Leaving Certificate Examination (including Day School Certificate (Higher) General paper), 1937
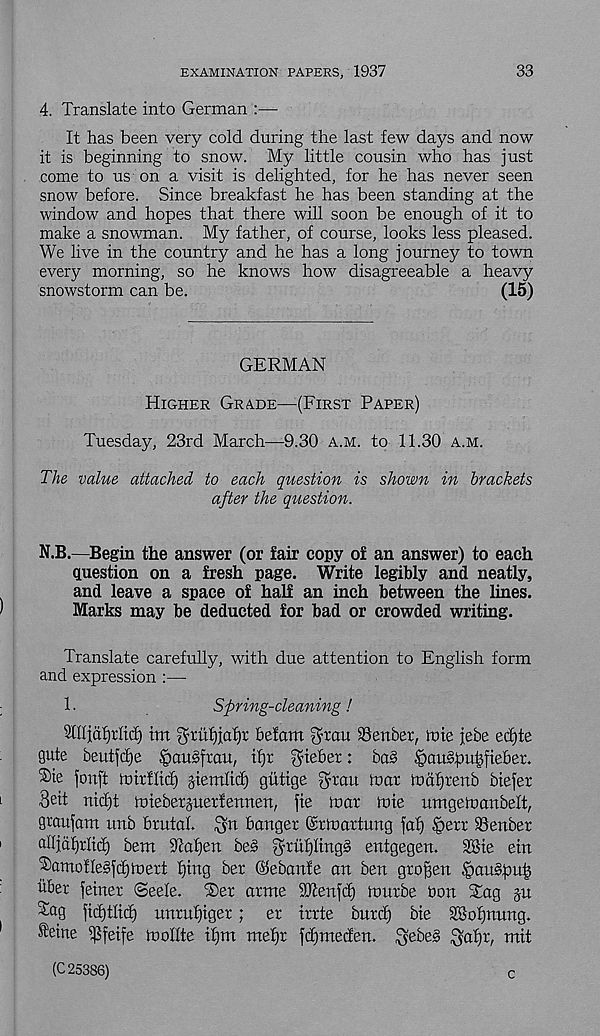
EXAMINATION PAPERS, 1937
33
4. Translate into German :—
It has been very cold during the last few days and now
it is beginning to snow. My little cousin who has just
come to us on a visit is delighted, for he has never seen
snow before. Since breakfast he has been standing at the
window and hopes that there will soon be enough of it to
make a snowman. My father, of course, looks less pleased.
We live in the country and he has a long journey to town
every morning, so he knows how disagreeable a heavy
snowstorm can be.
(15)
GERMAN
Higher Grade—(First Paper)
Tuesday, 23rd March—9.30 a.m. to 11.30 a.m.
The value attached to each question is shown in brackets
after the question.
N.B.—Begin the answer (or fair copy of an answer) to each
question on a fresh page. Write legibly and neatly,
and leave a space of half an inch between the lines.
Marks may be deducted for bad or crowded writing.
Translate carefully, with due attention to English form
and expression :—
1 •
Spring-cleaning!
Snijdfjrlicf) tm $ruf)ia'f)t befom ghau 93enber, foie jebe ed)te
gate beutfcf)e .§ausjrau, tfjr gnebet: ba§ §auhputjfiebet.
®te jonft toirflicf) jiemftcf) giitige ^rau toar tvapxenb btefer
Beit nidjt foiebetjuetfennen, fie toar tote umgetoanbelt,
graufam imb brutal.
banger (Srtoartung faf) §err iBenber
alljdlirlicl) bent fatten beg grritfjltngg entgegen.
28ie etn
^arnollegfct)inert Ijing ber ©ebanfe an ben grofjen §auspub
liber fetner <3eele. ®er arnte iOtenfcf) tourbe bon Stag ju
^ag fid)tlt(f) nnrn^tger; er irrte burtf) bte 28of)nung.
®etne ^feife toollte if)nt ntefjt fifjntecfen. ^ebeg ^afir, mit
(C 25386)
c